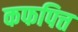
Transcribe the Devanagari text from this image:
कफपित्त